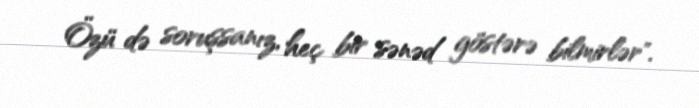
Özü də soruşsanız, heç bir sənəd göstərə bilmirlər".